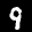
Label: 9